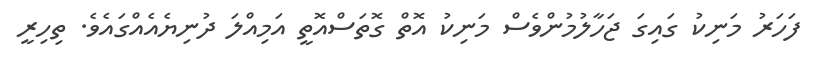
ފަހަރު މަނިކު ގައިގަ ޖަހާލުމުންވެސް މަނިކު އޮތް ގޮތަސްއޮތީ އަމިއްލަ ދުނިޔެއެއްގައެވެ. ތިހިރީ